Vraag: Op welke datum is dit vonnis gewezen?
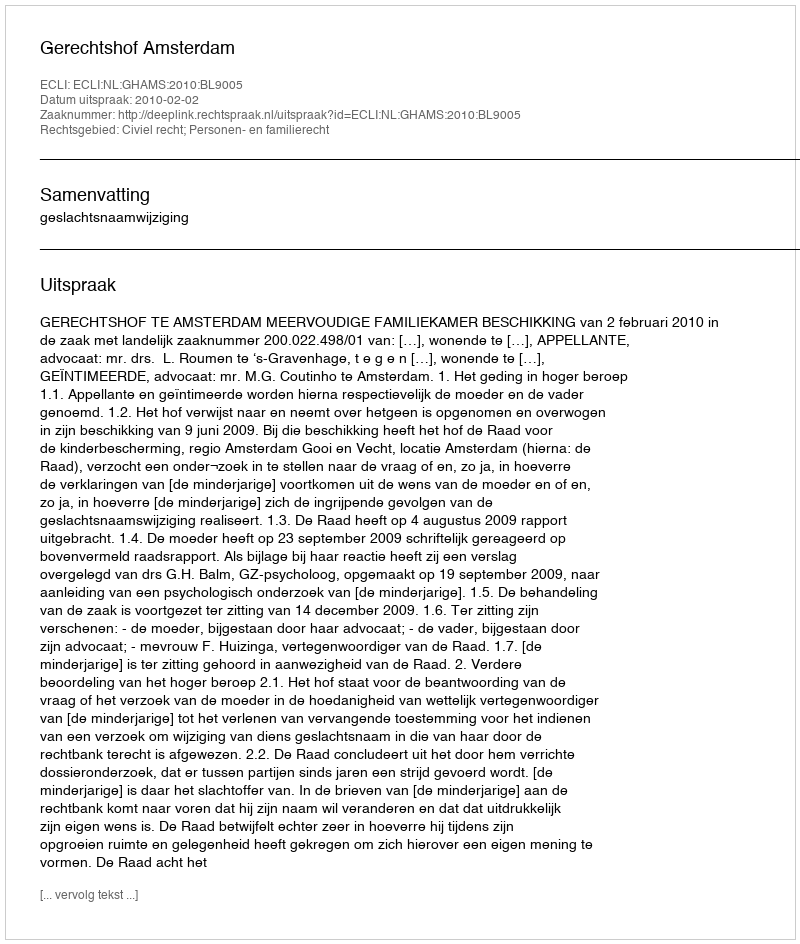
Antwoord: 2010-02-02